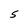
Character: 5